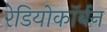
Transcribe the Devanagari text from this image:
रेडियोकॉर्बन